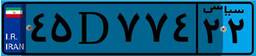
۴۲D۰۷۷۱۷